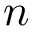
n